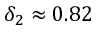
\delta _ { 2 } \approx 0 . 8 2